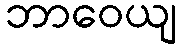
ဘာဝေယျ